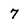
Character: 7